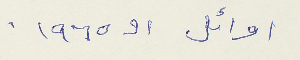
اوائل الـ ١٩٦٥-